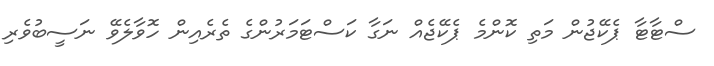
ސްޓާޓާ ޕެކޭޖުން މަތި ކޮންމެ ޕެކޭޖެއް ނަގާ ކަސްޓަމަރުންގެ ތެރެއިން ހޮވާލެވޭ ނަސީބުވެރި